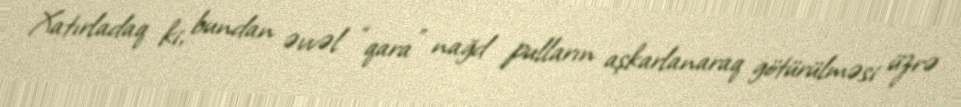
Xatırladaq ki, bundan əvvəl “qara” nağd pulların aşkarlanaraq götürülməsi üzrə